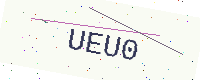
Text: UEU0